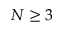
N \geq 3